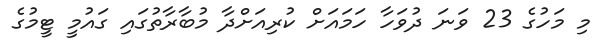
މި މަހުގެ 23 ވަނަ ދުވަހާ ހަމައަށް ކުރިއަށްދާ މުބާރާތުގައި ގައުމީ ޓީމުގެ